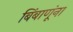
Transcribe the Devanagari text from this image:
बिंबाणूंना